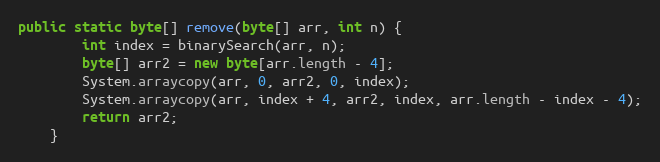
Language: Java
public static byte[] remove(byte[] arr, int n) {
        int index = binarySearch(arr, n);
        byte[] arr2 = new byte[arr.length - 4];
        System.arraycopy(arr, 0, arr2, 0, index);
        System.arraycopy(arr, index + 4, arr2, index, arr.length - index - 4);
        return arr2;
    }